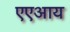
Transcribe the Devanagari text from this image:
एएआय